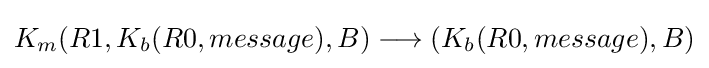
K_{m}(R1,K_{b}(R0,message),B)\longrightarrow (K_{b}(R0,message),B)